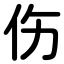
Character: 伤